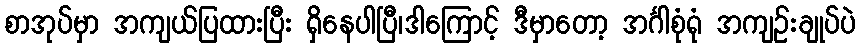
စာအုပ်မှာ အကျယ်ပြထားပြီး ရှိနေပါပြီ၊ဒါကြောင့် ဒီမှာတော့ အင်္ဂါစုံရုံ အကျဉ်းချုပ်ပဲ